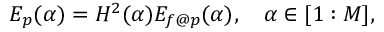
\begin{array} { r } { E _ { p } ( \alpha ) = H ^ { 2 } ( \alpha ) E _ { f @ p } ( \alpha ) , \quad \alpha \in [ 1 : M ] , } \end{array}